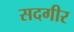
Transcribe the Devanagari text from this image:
सदगीर